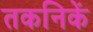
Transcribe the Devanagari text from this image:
तकनिकें